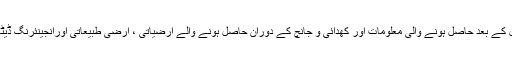
فریک جاب سے یہ نتیجہ اخذ کیا گیا ہے کہ یہ ٹائیٹ گیس دریافت ہے، تاہم کنوئیں کی تکمیل کے بعد حاصل ہونے والی معلومات اور کھدائی و جانچ کے دوران حاصل ہونے والے ارضیاتی ، ارضی طبیعاتی اورانجینئرنگ ڈیٹا کے انضمام سے دریافت کے حجم اور تجارتی مقاصد میں استعمال کی تصدیق ہو سکے گی۔